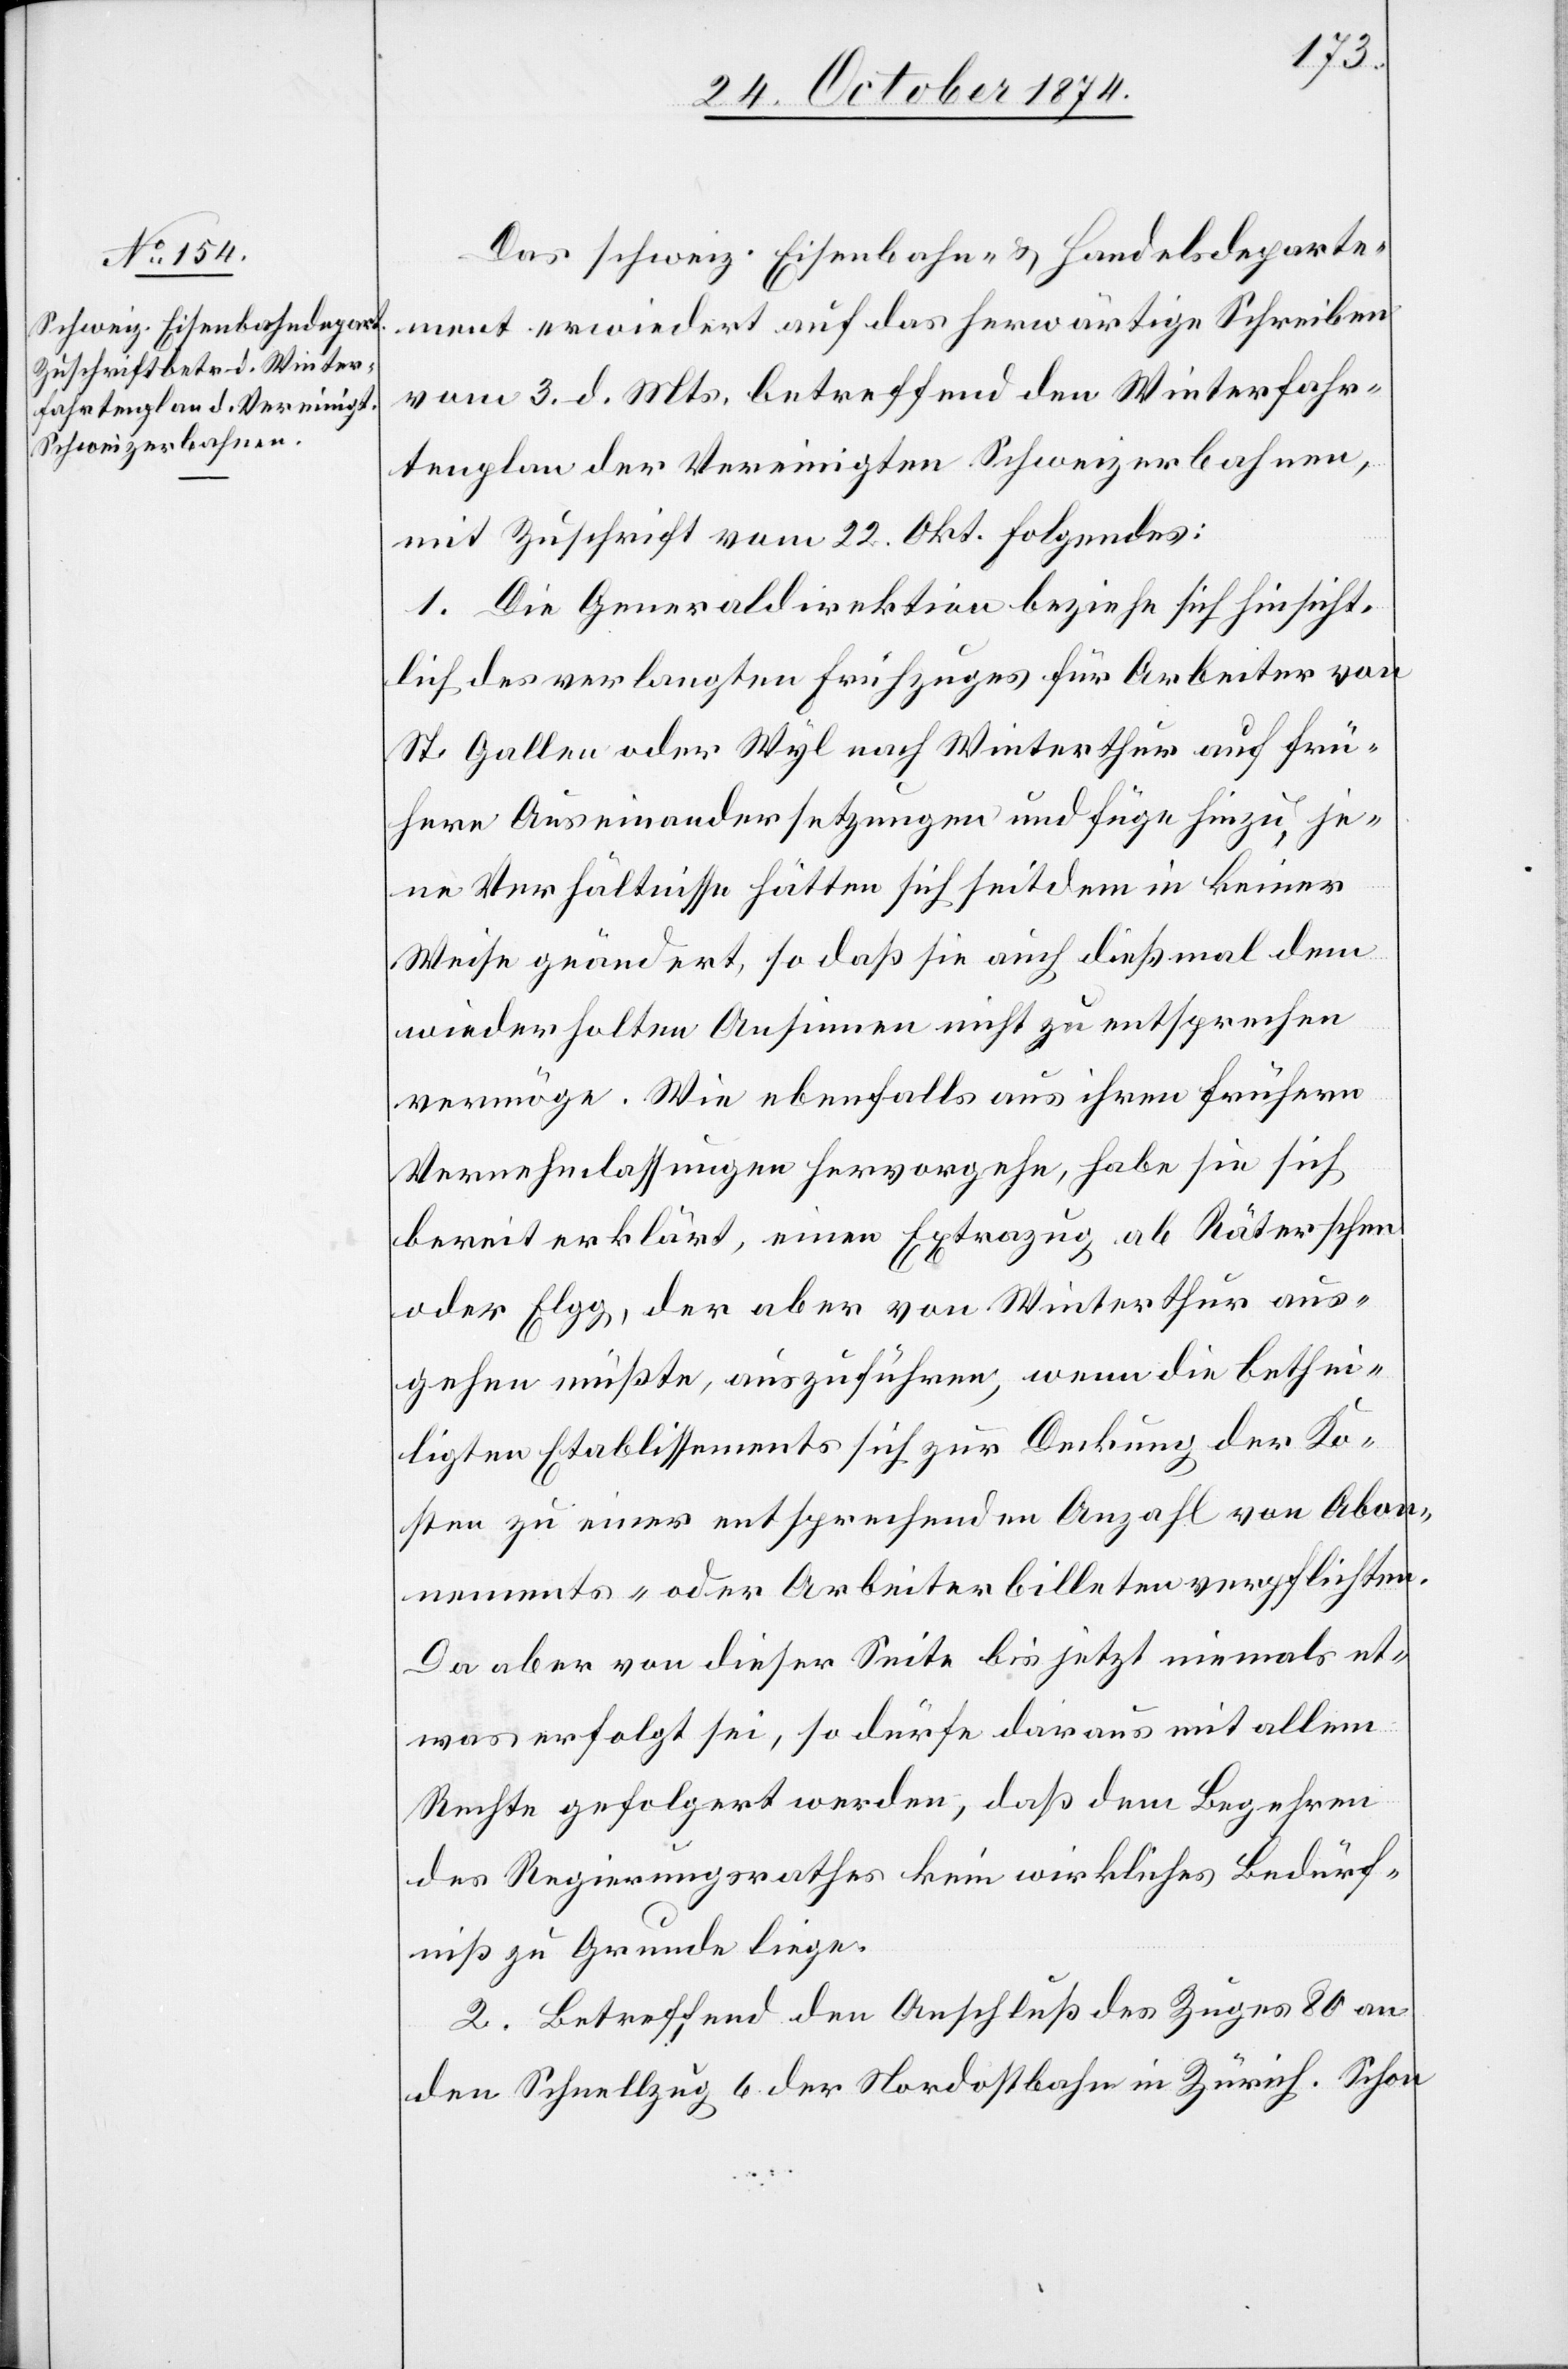
Das schweiz. Eisenbahn- & Handelsdeparte¬
ment erwiedert auf das herwärtige Schreiben
vom 3. d. Mts. betreffend den Winterfahr¬
tenplan der Vereinigten Schweizerbahnen,
mit Zuschrift vom 22. Okt. Folgendes:
1. Die Generaldirektion beziehe sich hinsicht¬
lich des verlangten Frühzuges für Arbeiter von
St. Gallen oder Wyl nach Winterthur auf frü¬
here Auseinandersetzungen und füge hinzu, je¬
ne Verhältnisse hätten sich seitdem in keiner
Weise geändert, so daß sie auch dießmal dem
wiederholten Ansinnen nicht zu entsprechen
vermöge. Wie ebenfalls aus ihren frühern
Vernehmlassungen hervorgehe, habe sie sich
bereit erklärt, einen Extrazug ab Räterschen
oder Elgg, der aber von Winterthur aus¬
gehen müßte, auszuführen, wenn die bethei¬
ligten Etablissements sich zur Deckung der Ko¬
sten zu einer entsprechenden Anzahl von Abon¬
nements- oder Arbeiterbilleten verpflichten.
Da aber von dieser Seite bis jetzt niemals et¬
was erfolgt sei, so dürfe daraus mit allem
Rechte gefolgert werden, daß dem Begehren
des Regierungsrathes kein wirkliches Bedürf¬
niß zu Grunde liege.
2. Betreffend den Anschluß des Zuges 80 an
den Schnellzug 6 der Nordostbahn in Zürich. Schon